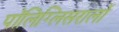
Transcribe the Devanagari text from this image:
पॉलिग्लिसरालों